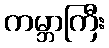
ကမ္ဘာကြီး